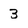
Character: 3